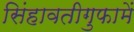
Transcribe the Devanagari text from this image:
सिंहावतीगुफामें